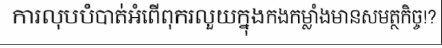
ការលុបបំបាត់អំពើពុករលួយក្នុងកងកម្លាំងមានសមត្ថកិច្ច!?